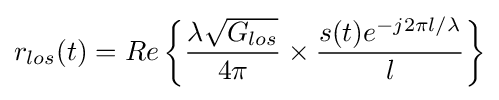
r_{los}(t)=Re\left\{{\frac {\lambda {\sqrt {G_{los}}}}{4\pi }}\times {\frac {s(t)e^{-j2\pi l/\lambda }}{l}}\right\}